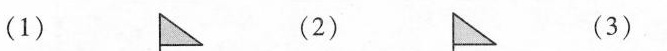
(1) (2) (3)